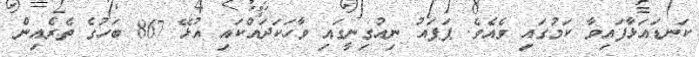
ކަނޑައަޅާފައިވާ ކަމުގައި ވެއެވެ. ޕަޕައު ނިއުގިނީގައި ވާހަކަދައްކައި އުޅޭ 867 ބަހުގެ ތެރެއިން